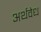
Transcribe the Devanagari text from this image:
अर्थवेध